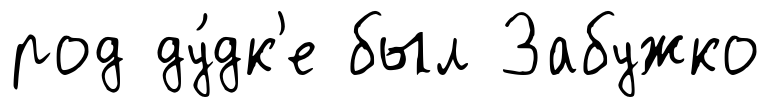
род ду́дк'е был Забужко